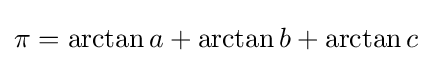
\pi =\arctan a+\arctan b+\arctan c